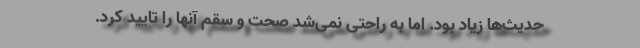
حدیث‌ها زیاد بود. اما به راحتی نمی‌شد صحت و سقم آنها را تایید کرد.